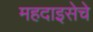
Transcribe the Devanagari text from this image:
महदाइसेचे